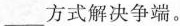
\underline方式解决争端。